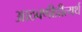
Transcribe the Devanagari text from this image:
आठवणीप्रीत्यर्थ